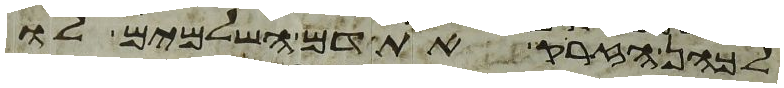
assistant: לכהן הזרק את דם השלמים לו